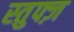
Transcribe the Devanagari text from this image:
स्तुफ्ज़